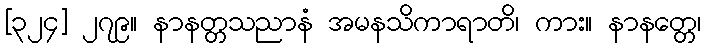
[၃၂၄] ၂၇၉။ နာနတ္တသညာနံ အမနသိကာရာတိ၊ ကား။ နာနတ္တေ၊